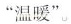
”温暖”。